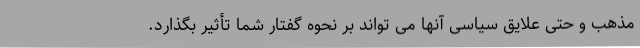
مذهب و حتی علایق سیاسی آنها می تواند بر نحوه گفتار شما تأثیر بگذارد.